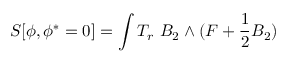
S [ \phi , \phi ^ { * } = 0 ] = \int T _ { r } \ B _ { 2 } \wedge ( F + \frac 1 2 B _ { 2 } )